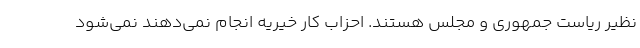
نظیر ریاست جمهوری و مجلس هستند. احزاب کار خیریه انجام نمی‌دهند نمی‌شود